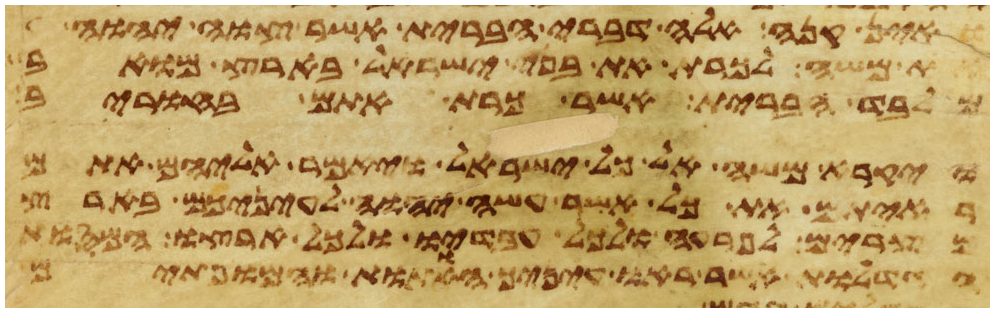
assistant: ואין קנה אלה דברי הברית אשר צוה יהוה
את משה לכרת את בני ישראל בארץ מואב
מלבד הברית אשר כרת אתם בחורב
ויקרא משה אל כל ישראל ויאמר אליהם אתם
ראיתם את כל אשר עשה יהוה לעיניכם בארץ
מצרים לפרעה ולכל עבדיו ולכל ארצו המסות
הגדלות אשר ראו עיניך האתות והמופתים